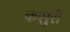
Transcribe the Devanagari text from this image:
कसुरी